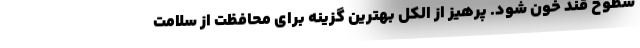
سطوح قند خون شود. پرهیز از الکل بهترین گزینه برای محافظت از سلامت